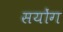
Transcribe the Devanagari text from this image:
सयोंग